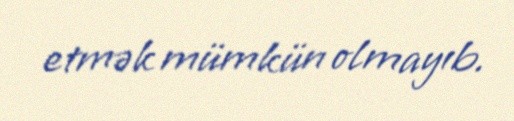
etmək mümkün olmayıb.